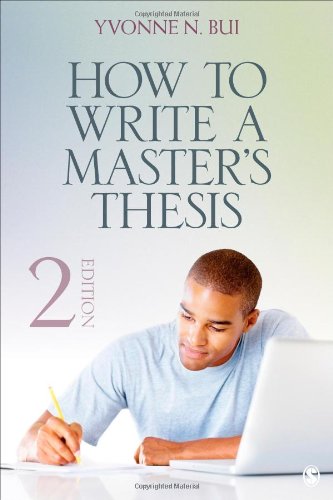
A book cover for How to Write a Master's Thesis; Yvonne N. (Nguyen) Bui; Test Preparation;